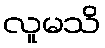
လူမသိ